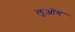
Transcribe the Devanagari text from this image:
लुओंग